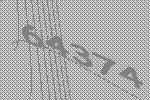
64374